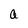
Character: a